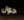
حول